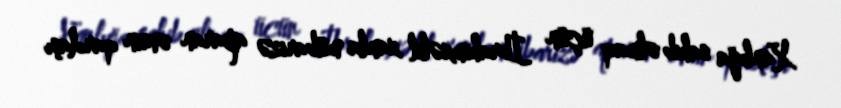
Xanlığa sahib olmaq üçün İbrahimxəlil xanla mübarizə aparan onun qardaşı